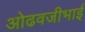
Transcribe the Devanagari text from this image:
ओढवजीभाई